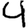
Digit: 4